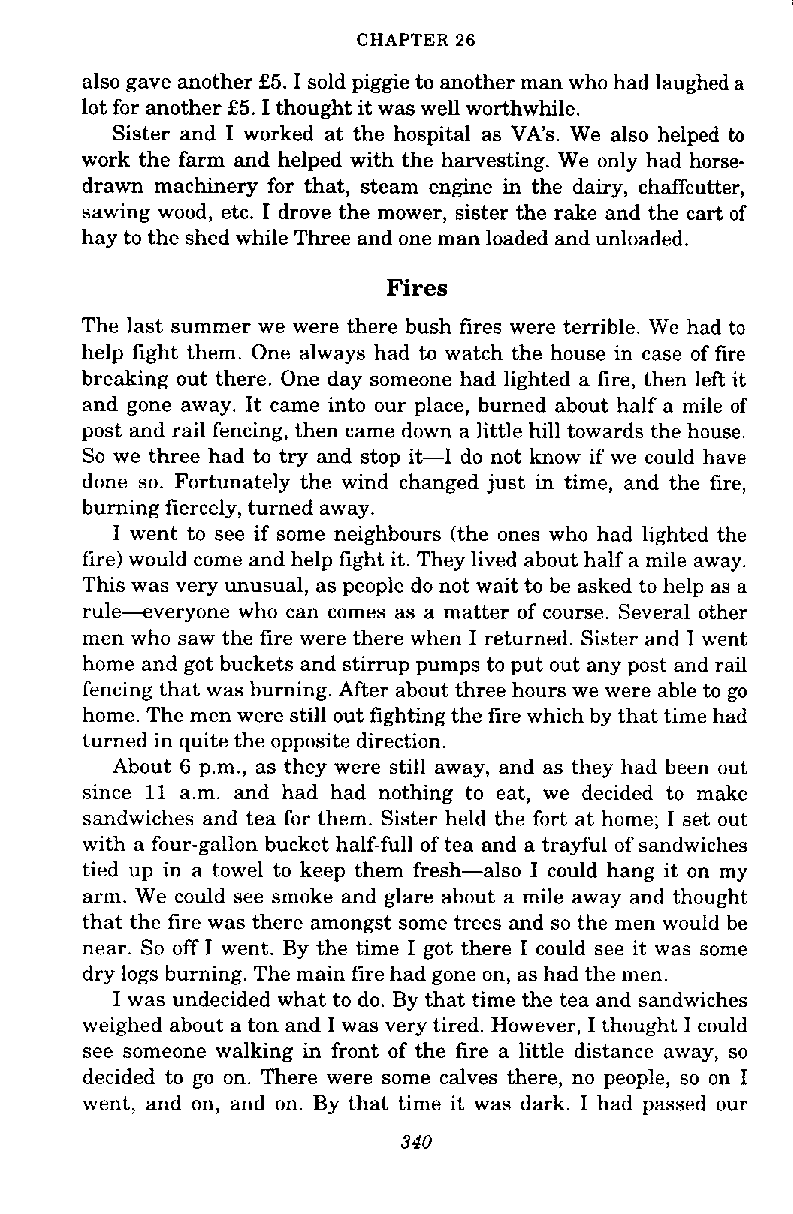
CHAPTER 26
 also gave another £5. I sold piggie to another man who had laughed a
 lot for another £5. I thought it was well worthwhile.
 Sister and I worked at the hospital as VA's. We also helped to
 work the farm and helped with the harvesting. We only had horse-
 drawn machinery for that, steam engine in the dairy, chaffcutter,
 sawing wood, etc. I drove the mower, sister the rake and the cart of
 hay to the shed while Three and one man loaded and unloaded.
 Fires
 The last summer we were there bush fires were terrible. We had to
 help fight them. One always had to watch the house in case of fire
 breaking out there. One day someone had lighted a fire, then left it
 and gone away. It came into our place, burned about half a mile of
 post and rail fencing, then came down a little hill towards the house.
 So we three had to try and stop it-I do not know if we could have
 done so. Fortunately the wind changed just in time, and the fire,
 burning fiercely, turned away.
 I went to see if some neighbours (the ones who had lighted the
 fire) would come and help fight it. They lived about half a mile away.
 This was very unusual, as people do not wait to be asked to help as a
 rule-everyone who can comes as a matter of course. Several other
 men who saw the fire were there when I returned. Sister and I went
 home and got buckets and stirrup pumps to put out any post and rail
 fencing that was burning. After about three hours we were able to go
 home. The men were still out fighting the fire which by that time had
 turned in quite the opposite direction.
 About 6 p.m., as they were still away, and as they had been out
 since 11 a.m. and had had nothing to eat, we decided to make
 sandwiches and tea for them. Sister held the fort at home; I set out
 with a four-gallon bucket half-full of tea and a trayful of sandwiches
 tied up in a towel to keep them fresh-also I could hang it on my
 arm. We could see smoke and glare about a mile away and thought
 that the fire was there amongst some trees and so the men would be
 near. So off I went. By the time I got there I could see it was some
 dry logs burning. The main fire had gone on, as had the men.
 I was undecided what to do. By that time the tea and sandwiches
 weighed about a ton and I was very tired. However, I thought I could
 see someone walking in front of the fire a little distance away, so
 decided to go on. There were some calves there, no people, so on I
 went, and on, and on. By that time it was dark. I had passed our
 340